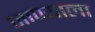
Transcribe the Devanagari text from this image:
जाण्याला